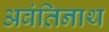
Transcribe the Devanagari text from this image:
अवंतिनाथ